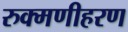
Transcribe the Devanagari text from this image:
रुक्मणीहरण